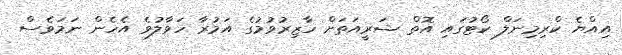
އިއްޔެ ކްރިމިނަލް ކޯޓުގައި އޮތް ޝަރީއަތަށް ހާޒިރުވުމުގެ އަމުރާ ހަވާލުވެ އެހެން ނަމަވެސް